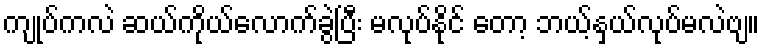
ကျုပ်ကလဲ ဆယ်ကိုယ်လောက်ခွဲပြီး မလုပ်နိုင် တော့ ဘယ့်နှယ်လုပ်မလဲဗျ။